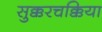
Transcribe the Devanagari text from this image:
सुक्करचक्किया